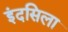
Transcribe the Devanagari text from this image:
इंदसिला